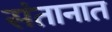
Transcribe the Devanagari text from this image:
संतानात